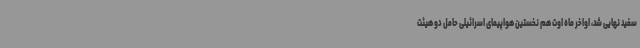
سفید نهایی شد، اواخر ماه اوت هم نخستین هواپیمای اسرائیلی حامل دو هیئت